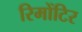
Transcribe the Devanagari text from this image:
रिमोंटिर